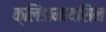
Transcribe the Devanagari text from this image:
क्लिंडामायसिन